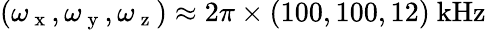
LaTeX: (\omega_{\mathrm{~x~}},\omega_{\mathrm{~y~}},\omega_{\mathrm{~z~}})\approx 2\pi\times(100,100,12)\ \mathrm{{kHz}}